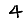
Digit: 4